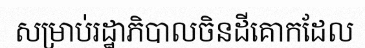
សម្រាប់រដ្ឋាភិបាលចិនដីគោកដែល